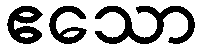
ဧသော